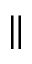
\parallel